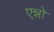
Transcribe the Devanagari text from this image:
एन्नो